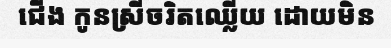
ជើង កូនស្រីចរិតឈ្លើយ ដោយមិន